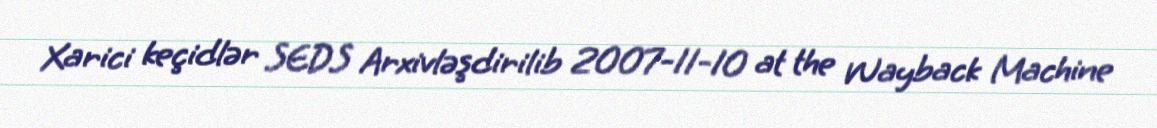
Xarici keçidlər SEDS Arxivləşdirilib 2007-11-10 at the Wayback Machine